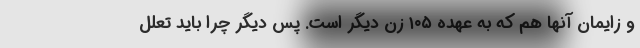
و زایمان آنها هم که به عهده ۱۰۵ زن دیگر است. پس دیگر چرا باید تعلل